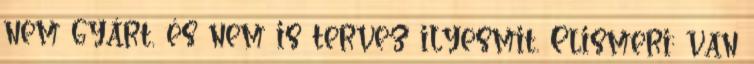
nem gyárt, és nem is tervez ilyesmit. Elismeri: van